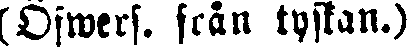
(Öfwers. från tyskan.)